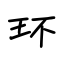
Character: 环